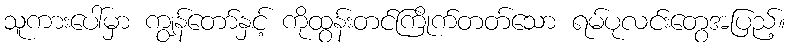
သူကားပေါ်မှာ ကျွန်တော်နှင့် ကိုထွန်းတင်ကြိုက်တတ်သော ရမ်ပုလင်းတွေအပြည့်။